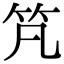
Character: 竼